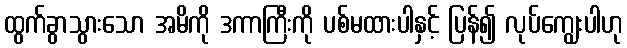
ထွက်ခွာသွားသော အမိကို ဒကာကြီးကို ပစ်မထားပါနှင့် ပြန်၍ လုပ်ကျွေးပါဟု